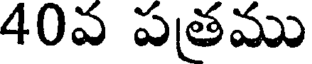
40వ పతము